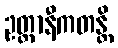
ဥတ္တာနီကတန္တိ